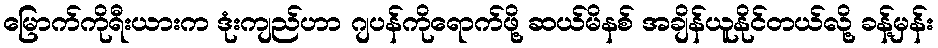
မြောက်ကိုရီးယားက ဒုံးကျည်ဟာ ဂျပန်ကိုရောက်ဖို့ ဆယ်မိနစ် အချိန်ယူနိုင်တယ်လို့ ခန့်မှန်း